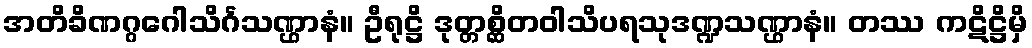
အတိခိဏဂ္ဂဂေါသိင်္ဂသဏ္ဌာနံ။ ဦရုဋ္ဌိ ဒုတ္တစ္ဆိတဝါသိပရသုဒဏ္ဍသဏ္ဌာနံ။ တဿ ကဋိဋ္ဌိမှိ